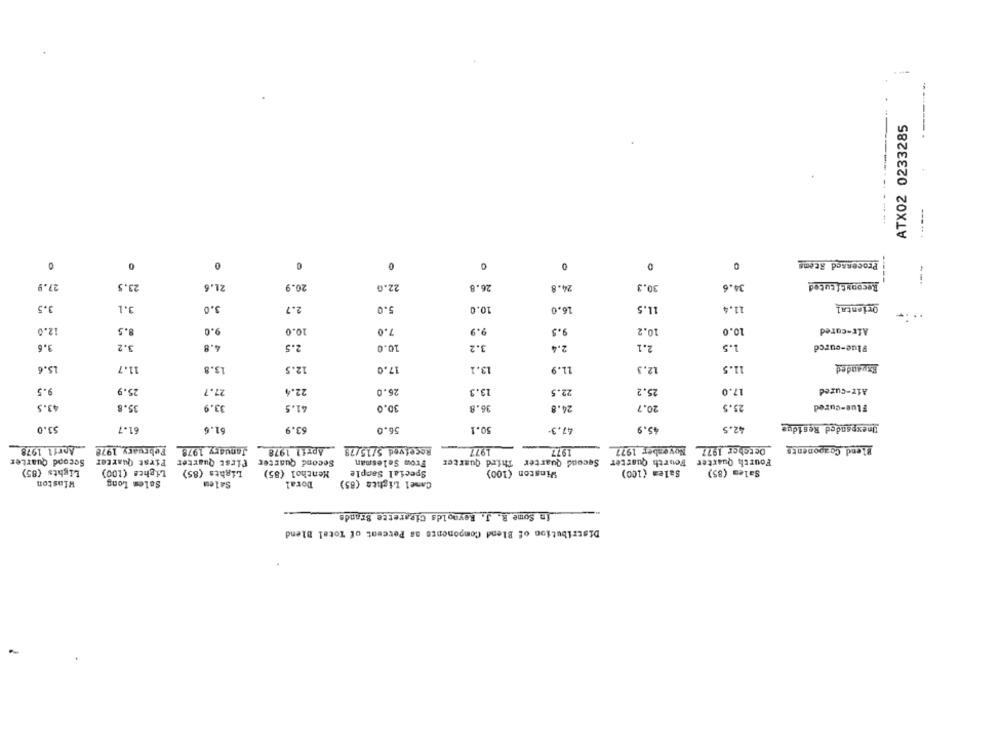
ATX02 0233285
--------.
--
0
0
0
Processed Stems
0
0
27.9
23.5
21.6
20.9
22.0
26.8
30.3
34.6
Reconstituted
24.8
3.5
3.1
3.0
2.7
5.0
10.0
16.0
11.5
11.4
Oriental
12.0
8.5
9.0
10.0
7.0
9.9
10.2
10.0
Afr-cared
9.6
3.2
4.8
2.5
10.0
3.2
2.4
2.1
1.5
Flue-cured
15.6
11.7
13.8
12.5
17.0
13.1
11.9
12.3
11.5
Expanded
9.5
25.9
27.7
22.4
26.0
13.3
22.5
25.2
17.0
Air-cured
43.5
35.8
33.9
41.5
30.0
20.7
25.5
Flue-cured
36.8
24.8
53.0
61.7
61.6
63.9
56.0
50.1
47.3+
45.9
42.5
Inexpanded Residus
.April 1978
February 1978
January 1978
April 1978
Received 5/15/78
1977
1977
November 1977
Deteher 1977
Blend Components
Second Quarter
First Quarter
Second Quarter
First Quarter
Frow Salesman
Second Quarter Third Quarter
Fourth Quarter Fourth Quarter
Lights (85)
Lights (100)
Lights (85)
Menthol (85)
Special Sample
Winston (100)
Salem (100)
Salem (85)
Winston
Sales Long
Camel Lighta (85)
Salem
Doral
.In Some R. J. Reynolds Cigarette Brands
Distribution of Blend Components as Percent of Total Blend